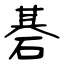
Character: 碁